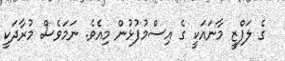
ގެ ލަފްޒީ މާނައަކީ ގެ އިސްމުފުޅުން މިއެވެ. ނަމަވެސް މުރާދަކީ